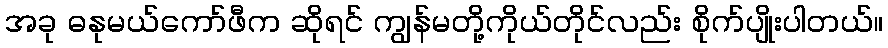
အခု ဓနုမယ်ကော်ဖီက ဆိုရင် ကျွန်မတို့ကိုယ်တိုင်လည်း စိုက်ပျိုးပါတယ်။